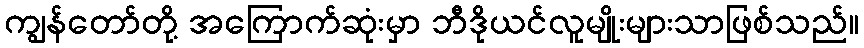
ကျွန်တော်တို့ အကြောက်ဆုံးမှာ ဘီဒိုယင်လူမျိုးများသာဖြစ်သည်။